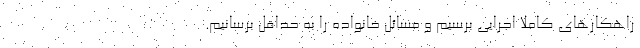
راهکارهای کاملاً اجرایی برسیم و مسائل خانواده را به حداقل برسانیم.